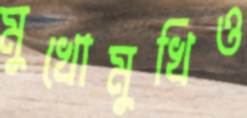
মুখোমুখিও